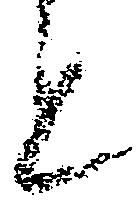
と